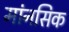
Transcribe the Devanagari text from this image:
मांनसिक